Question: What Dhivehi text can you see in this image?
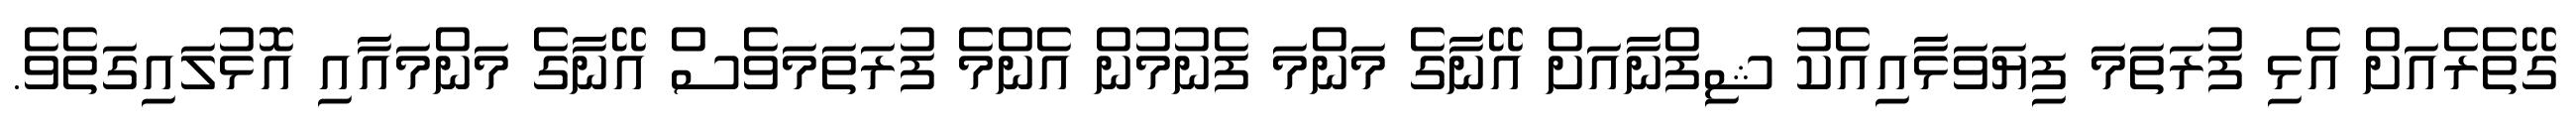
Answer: ގޭތެރެއަށް އެޅި ފުރަތަމަ ފިޔަވަޅާއިއެކު ޝިފްނާއަށް އޭނާގެ މަންމަ ފެނުމުން އެންމެ ފުރަތަމަވެސް އޭނާގެ މަންމައާއި އޮޅުލައިގަތެވެ.